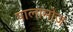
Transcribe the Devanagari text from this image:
पालामोज़